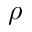
\rho